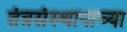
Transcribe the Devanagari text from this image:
तंत्रसंस्थानाच्या